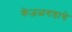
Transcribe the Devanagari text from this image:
केंजळगडाचे